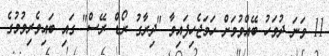
11 ވަނަ ދުވަހު ބޭއްވުމަށް ހަމަޖެހިފައިވާ "ދިރާގު ރޯޑް ރޭސް" ގައި ބައިވެރިވުމުގެ